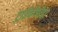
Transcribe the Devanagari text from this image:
ट्राईकोपोडा